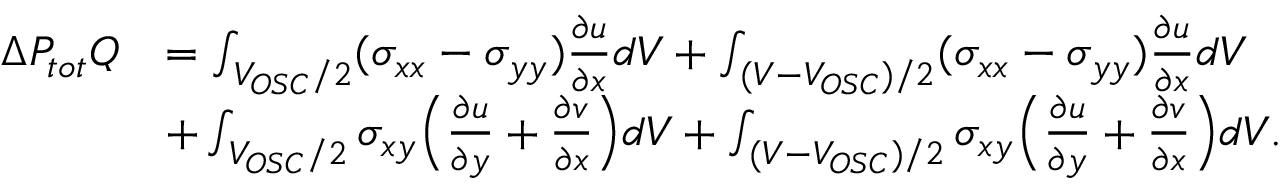
\begin{array} { r l } { \Delta P _ { t o t } Q } & { = \int _ { V _ { O S C } / 2 } ( \sigma _ { x x } - \sigma _ { y y } ) \frac { \partial u } { \partial x } d V + \int _ { ( V - V _ { O S C } ) / 2 } ( \sigma _ { x x } - \sigma _ { y y } ) \frac { \partial u } { \partial x } d V } \\ & { + \int _ { V _ { O S C } / 2 } \sigma _ { x y } \Bigl ( \frac { \partial u } { \partial y } + \frac { \partial v } { \partial x } \Bigr ) d V + \int _ { ( V - V _ { O S C } ) / 2 } \sigma _ { x y } \Bigl ( \frac { \partial u } { \partial y } + \frac { \partial v } { \partial x } \Bigr ) d V . } \end{array}